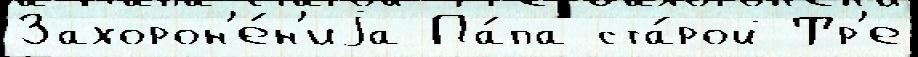
Захорон'е́н'иjа Па́па ста́рой Тр'е